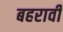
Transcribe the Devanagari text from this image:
बहरावी